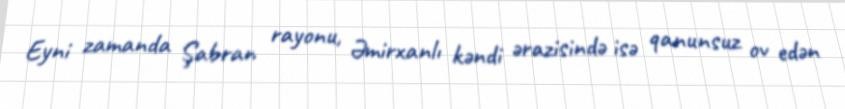
Eyni zamanda Şabran rayonu, Əmirxanlı kəndi ərazisində isə qanunsuz ov edən